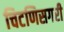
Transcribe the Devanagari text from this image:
चिटणिसगरी